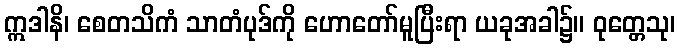
ဣဒါနိ၊ စေတသိကံ သာတံပုဒ်ကို ဟောတော်မူပြီးရာ ယခုအခါ၌။ ဝုတ္တေသု၊